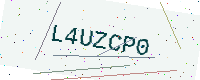
Text: L4UZCP0